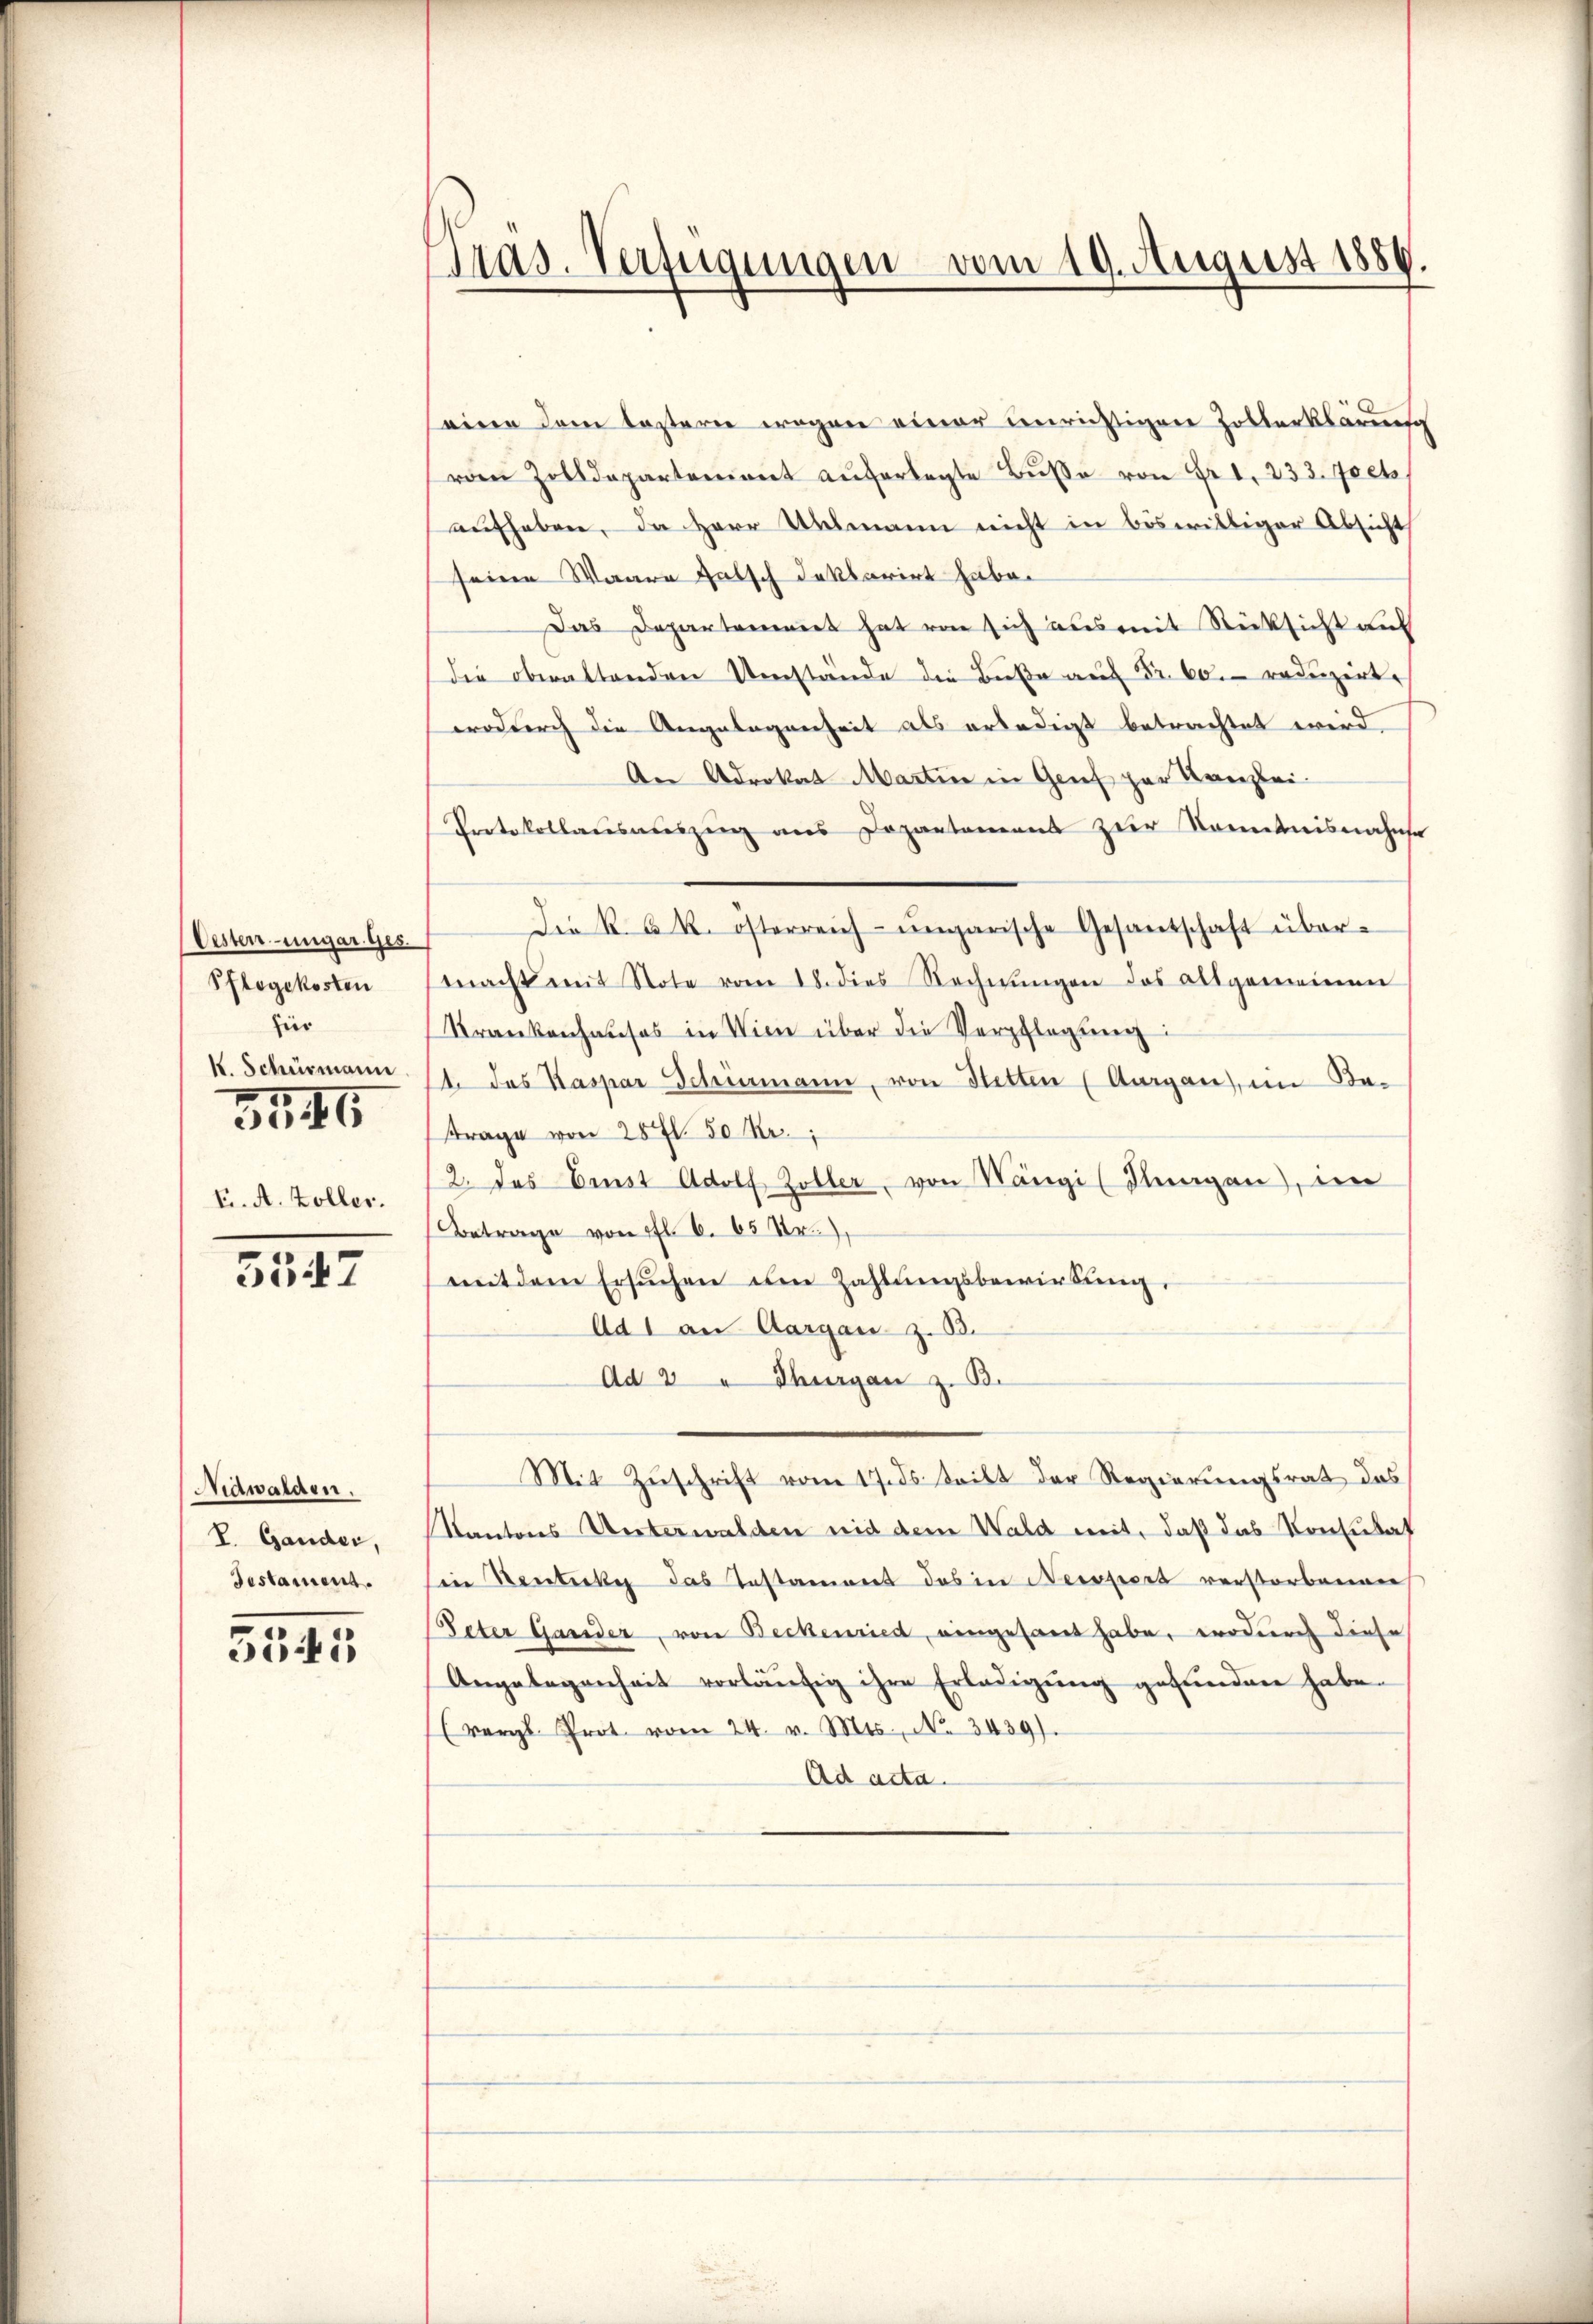
Eesten ungar. Ges.
Pflegekosten
hier
k. Schürmann
3546
E. A. Zöller.

5547

Nidwalden.
V. Gander,
Testament.

5545

Tras. Verfügungen vom 19. August 1884.

eine dem lostern wegen einer unrichtigen Zollerklärung
rden Zolldepartement aŭferlegte Bŭβe von Fr. 1. 233. Joch
aufheben, da Herr Amtmann nicht in böswilliger Absicht
seine Waare falsch doktorirt habe.
Das Departemendet hat von sich aus mit Rücksicht auf
die obwaltenden Umstände die Buße auf Fr. 60. reduzirt.
wodurch die Angelegenheit als erledigt betrachtet wird.
An Advokat Martin in Genf zur Kanzlei-
Protokollansauszug aus Departamens zur Sonntnisnahmser
Die k. k. k. österreich-ungarische Gesantschaft über-
macht mit Note vom 18. dies Rechnŭngen das allgemeinen
Krankenhauses in Wien über die Verpflegung:
1. das Kaspar Schömann, von Stetten (Aargau, im Be-
ttrage von 28 f. 50 Fr.
/2. Das Ernst Adolf Zoller, von Nängi (Klangen, in
Betrage von fl. 6. 65 Xr,
mitdem Ersuchen im Zahlungsbewirkung,
Ad 1 an Aargau z. B.
Ad 2 " Thurgau z. B.
Mit Zŭschrift vom 17. ds. teilt der Regierŭngsrat des
Kantons Unterwalden mit dem Wald mit, daß das Konsulat
in Besticke das Instament das in Newsport verstorbenen
Peter Garder, von Beckenried, eingesant habe, wodurch diese
Angelegenheit vorläŭfig ihre Erledigŭng gefunden habe.
(vergl. Prot. vom 24. v. Mts., N. 3439).
Ad acta.